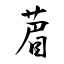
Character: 葿